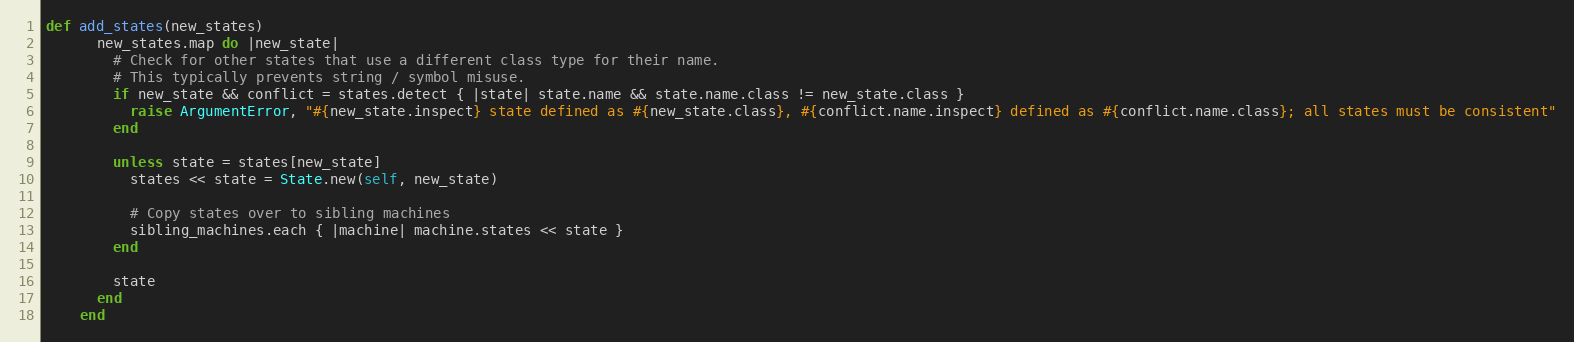
Language: Ruby
def add_states(new_states)
      new_states.map do |new_state|
        # Check for other states that use a different class type for their name.
        # This typically prevents string / symbol misuse.
        if new_state && conflict = states.detect { |state| state.name && state.name.class != new_state.class }
          raise ArgumentError, "#{new_state.inspect} state defined as #{new_state.class}, #{conflict.name.inspect} defined as #{conflict.name.class}; all states must be consistent"
        end

        unless state = states[new_state]
          states << state = State.new(self, new_state)

          # Copy states over to sibling machines
          sibling_machines.each { |machine| machine.states << state }
        end

        state
      end
    end